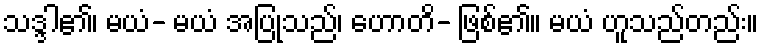
သဒ္ဒါ၏၊ မယံ- မယံ အပြုသည်၊ ဟောတိ- ဖြစ်၏။ မယံ ဟူသည်တည်း။